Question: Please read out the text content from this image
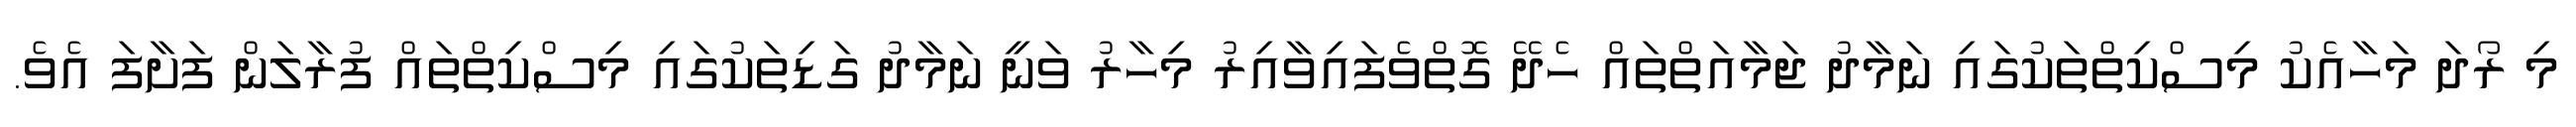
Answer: މި ރޯދަ މަހާއެކު މިސްކިތްތަކުގައި ނަމާދު ޖަމާއަތްތައް ހެދޭ ގޮތްވެފައިވާއިރު މިހާރު ވަނީ ނަމާދު ގަޑިތަކުގައި މިސްކިތްތައް ފުރާލަން ފަށާފަ އެވެ.